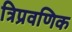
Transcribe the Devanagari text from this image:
त्रिप्रवणिक